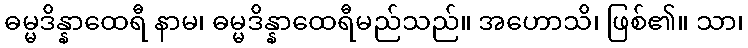
ဓမ္မဒိန္နာထေရီ နာမ၊ ဓမ္မဒိန္နာထေရီမည်သည်။ အဟောသိ၊ ဖြစ်၏။ သာ၊